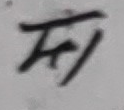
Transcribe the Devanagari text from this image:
शि